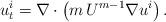
LaTeX: \begin{align*}u^i_t=\nabla\cdot\left(m\,U^{m-1}\nabla u^i\right) .\end{align*}